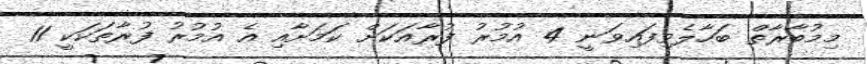
މިމުބާރާތް ބަހާލެވިފައިވަނީ 4 އުމުރު ފުރާއަކަށް ކަމަށާއި އެ އުމުރު ފުރާތަކަކީ 11